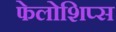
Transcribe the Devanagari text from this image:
फेलोशिप्स